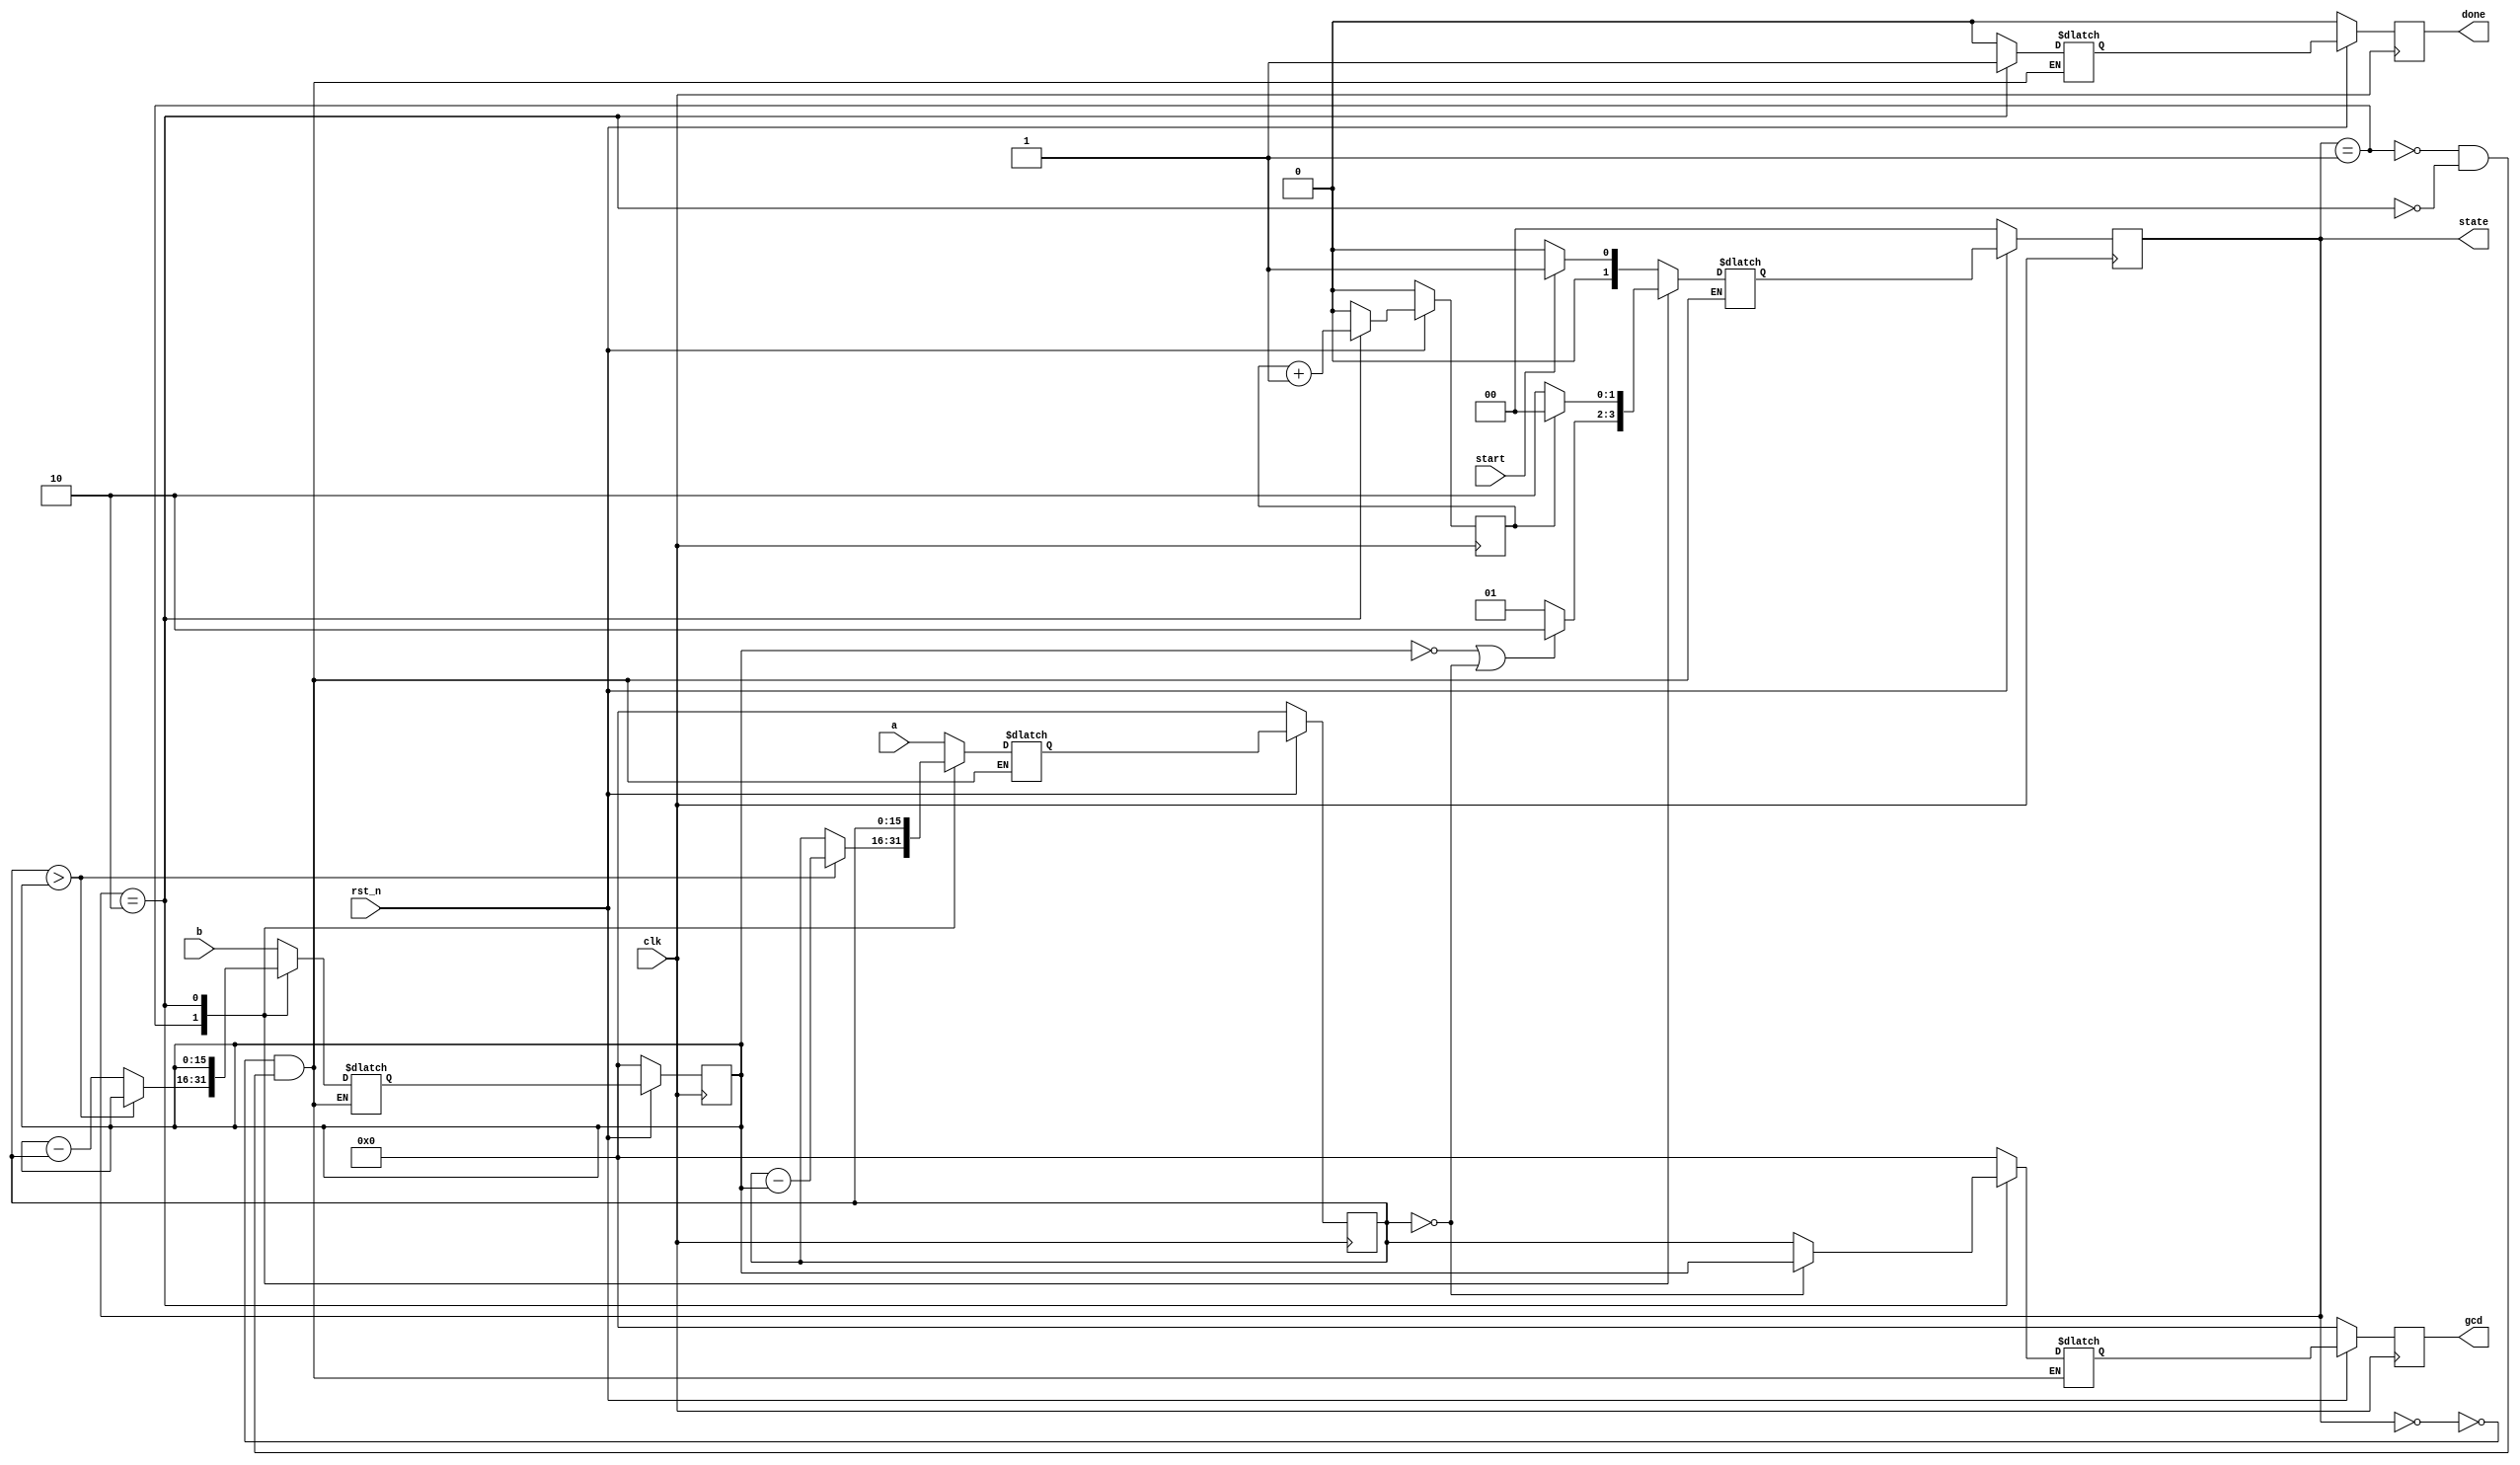
`timescale 1ns/1ps

module Greatest_Common_Divisor (clk, rst_n, start, a, b, done, gcd, state);
    input clk, rst_n;
    input start;
    input [15:0] a;
    input [15:0] b;
    output done;
    output [15:0] gcd;

    parameter WAIT = 2'b00;
    parameter CAL = 2'b01;
    parameter FINISH = 2'b10;

    reg done, next_done; 
    reg [15:0] gcd, next_gcd;
    output reg [1:0] state;
    reg [1:0] next_state;
    reg finish_counter, next_finish_counter;
    reg [15:0] tmp_a, next_tmp_a, tmp_b, next_tmp_b;

    always @(posedge clk) begin
        if (!rst_n) begin
            state <= WAIT;
            finish_counter <= 1'b0;
            gcd <= 0;
            tmp_a <= 0;
            tmp_b <= 0;
            done <= 0;
        end
        else begin
            state <= next_state;
            finish_counter <= next_finish_counter;
            gcd <= next_gcd;
            tmp_a <= next_tmp_a;
            tmp_b <= next_tmp_b;
            done <= next_done;
        end
    end

    always @(*) begin
        if (state == FINISH) begin
            next_finish_counter = finish_counter + 1;
        end 
        else begin
            next_finish_counter = 0;
        end
    end

    always @(*) begin
        case (state)
            WAIT: begin 
                if (start) next_state = CAL;
                else next_state = WAIT;
            end
            CAL: begin
                if (0 == tmp_b || 0 == tmp_a) next_state = FINISH;
                else next_state = CAL;
            end
            FINISH : begin 
                next_state = (finish_counter == 1'd1)? WAIT: FINISH;
            end
        endcase    
    end

    always @(*) begin
        case (state)
            WAIT: begin 
                next_gcd = 0;
                next_done = 0;
                next_tmp_a = a;
                next_tmp_b = b;
            end
            CAL: begin
                next_gcd = 0;
                next_done = 0;
                next_tmp_a = (tmp_a > tmp_b)? tmp_a - tmp_b: tmp_a;
                next_tmp_b = (tmp_a > tmp_b)? tmp_b: tmp_b - tmp_a;
            end
            FINISH : begin 
                next_gcd = (tmp_a == 0)? tmp_b: tmp_a;
                next_done = 1;
                next_tmp_a = tmp_a;
                next_tmp_b = tmp_b;    
            end
        endcase    
    end
endmodule